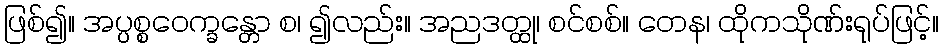
ဖြစ်၍။ အပ္ပစ္စဝေက္ခန္တော စ၊ ၍လည်း။ အညဒတ္ထု၊ စင်စစ်။ တေန၊ ထိုကသိုဏ်းရုပ်ဖြင့်။